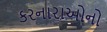
કરનારાઓનો